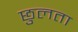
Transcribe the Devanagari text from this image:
छुलता